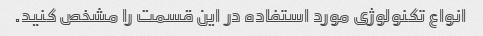
انواع تکنولوژی مورد استفاده در این قسمت را مشخص کنید.